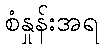
စံနှုန်းအရ